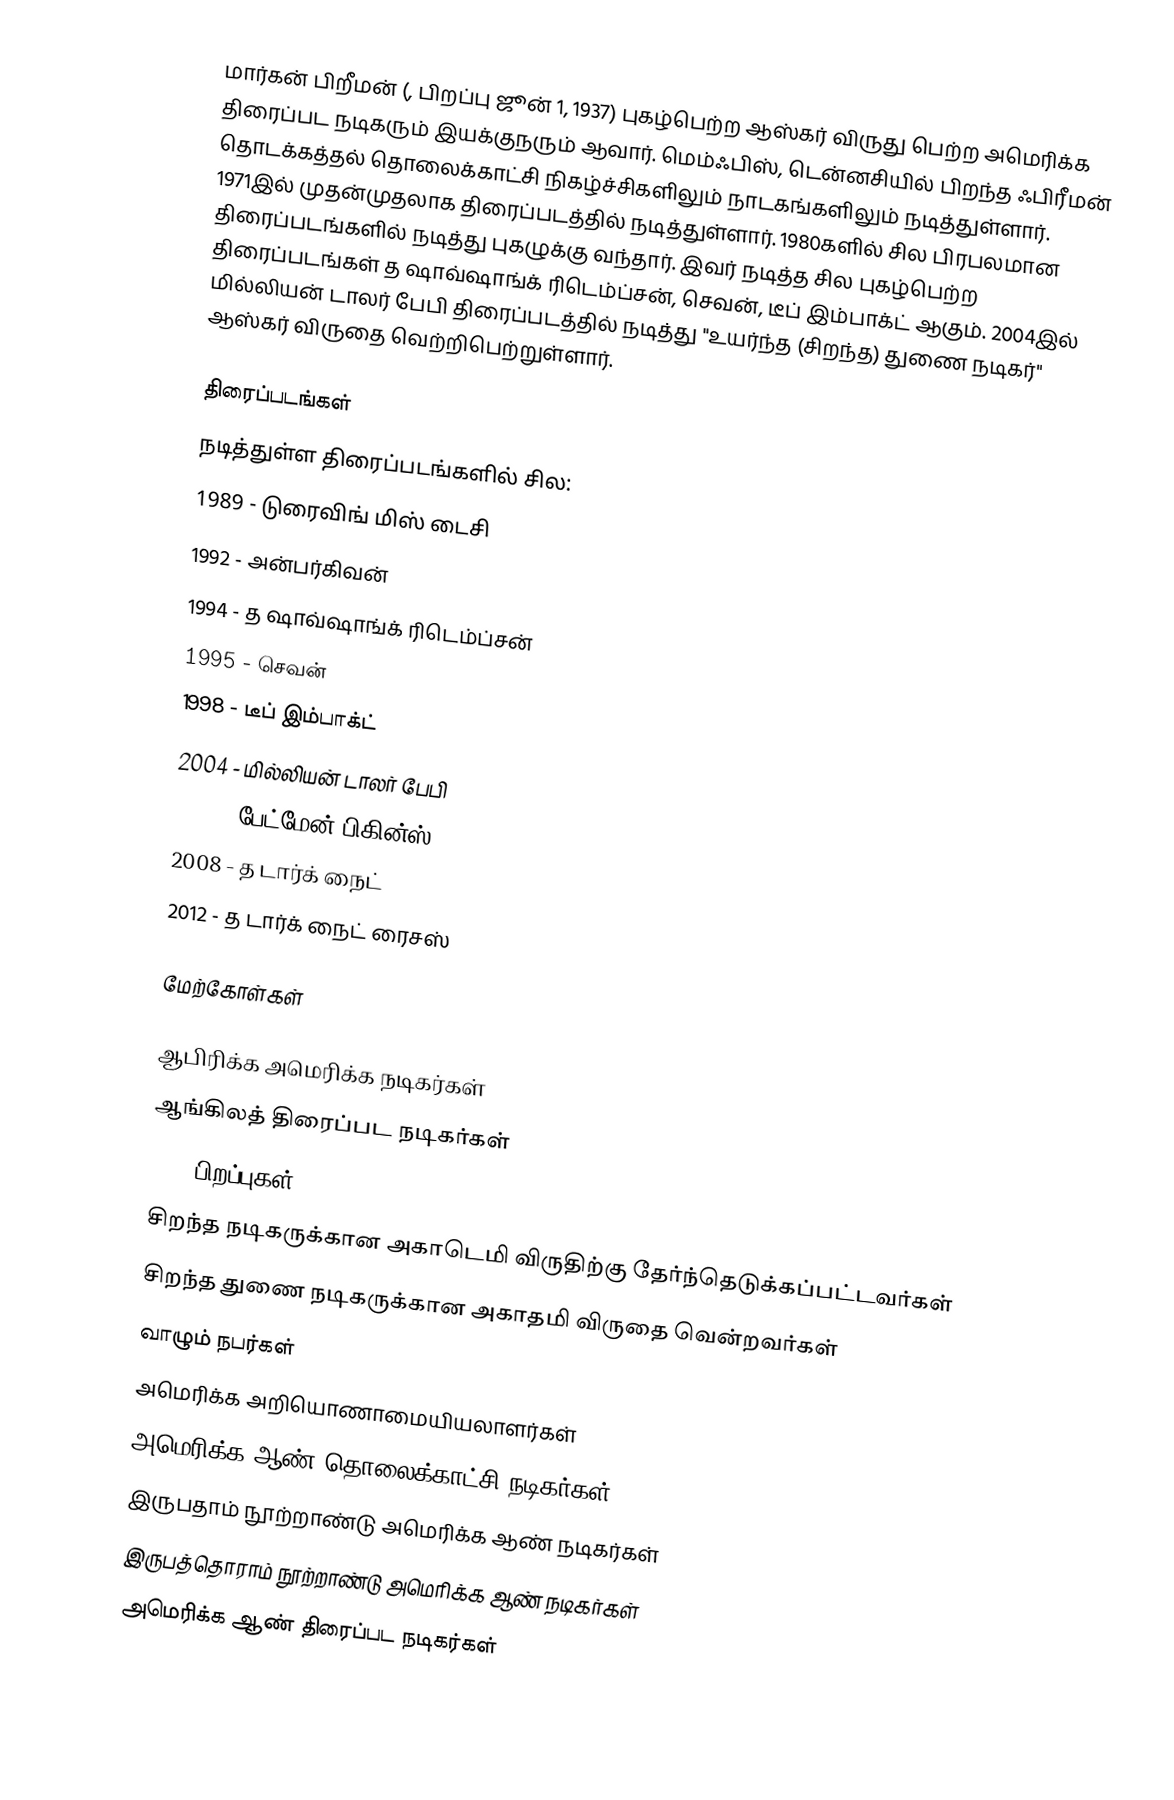
மார்கன் பிறீமன் (, பிறப்பு ஜூன் 1, 1937) புகழ்பெற்ற ஆஸ்கர் விருது பெற்ற அமெரிக்க திரைப்பட நடிகரும் இயக்குநரும் ஆவார். மெம்ஃபிஸ், டென்னசியில் பிறந்த ஃபிரீமன் தொடக்கத்தல் தொலைக்காட்சி நிகழ்ச்சிகளிலும் நாடகங்களிலும் நடித்துள்ளார். 1971இல் முதன்முதலாக திரைப்படத்தில் நடித்துள்ளார். 1980களில் சில பிரபலமான திரைப்படங்களில் நடித்து புகழுக்கு வந்தார். இவர் நடித்த சில புகழ்பெற்ற திரைப்படங்கள் த ஷாவ்ஷாங்க் ரிடெம்ப்சன், செவன், டீப் இம்பாக்ட் ஆகும். 2004இல் மில்லியன் டாலர் பேபி திரைப்படத்தில் நடித்து "உயர்ந்த (சிறந்த) துணை நடிகர்" ஆஸ்கர் விருதை வெற்றிபெற்றுள்ளார்.

திரைப்படங்கள்
நடித்துள்ள திரைப்படங்களில் சில:
 1989 - டுரைவிங் மிஸ் டைசி
 1992 - அன்பர்கிவன்
 1994 - த ஷாவ்ஷாங்க் ரிடெம்ப்சன்
 1995 - செவன்
 1998 - டீப் இம்பாக்ட்
 2004 - மில்லியன் டாலர் பேபி
 2005 - பேட்மேன் பிகின்ஸ்
 2008 - த டார்க் நைட்
 2012 - த டார்க் நைட் ரைசஸ்

மேற்கோள்கள்

ஆபிரிக்க அமெரிக்க நடிகர்கள்
ஆங்கிலத் திரைப்பட நடிகர்கள்
1937 பிறப்புகள்
சிறந்த நடிகருக்கான அகாடெமி விருதிற்கு தேர்ந்தெடுக்கப்பட்டவர்கள்
சிறந்த துணை நடிகருக்கான அகாதமி விருதை வென்றவர்கள்
வாழும் நபர்கள்
அமெரிக்க அறியொணாமையியலாளர்கள்
அமெரிக்க ஆண் தொலைக்காட்சி நடிகர்கள்
இருபதாம் நூற்றாண்டு அமெரிக்க ஆண் நடிகர்கள்
இருபத்தொராம் நூற்றாண்டு அமெரிக்க ஆண் நடிகர்கள்
அமெரிக்க ஆண் திரைப்பட நடிகர்கள்